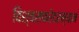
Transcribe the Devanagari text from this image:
विश्वसफरेदरम्यान